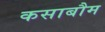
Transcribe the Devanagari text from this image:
कसाबौम